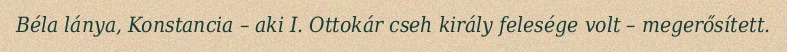
Béla lánya, Konstancia – aki I. Ottokár cseh király felesége volt – megerősített.